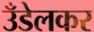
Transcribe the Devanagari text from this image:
उँडेलकर